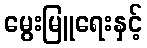
မွေးမြူရေးနှင့်